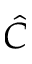
\hat { C }